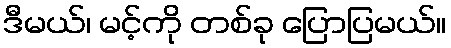
ဒီမယ်၊ မင့်ကို တစ်ခု ပြောပြမယ်။